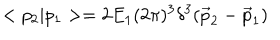
LaTeX: < p _ { 2 } | p _ { 1 } > = 2 E _ { 1 } ( 2 \pi ) ^ { 3 } \delta ^ { 3 } ( \vec { p } _ { 2 } - \vec { p } _ { 1 } )